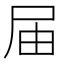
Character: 届